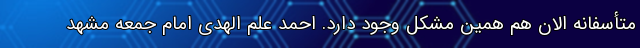
متأسفانه الان هم همین مشکل وجود دارد. احمد علم الهدی امام جمعه مشهد